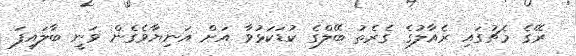
ރޭގެ މެޗުގައި ރެއާލުގެ ގެރެތު ބޭލްގެ ކުޑަކަޅުވާ އަށް އަނިޔާވެގެން ވަނީ ބާލައިފަ